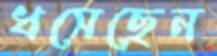
ধসেছেন